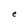
Character: e